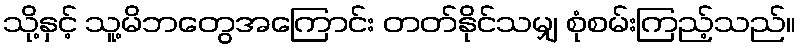
သို့နှင့် သူ့မိဘတွေအကြောင်း တတ်နိုင်သမျှ စုံစမ်းကြည့်သည်။